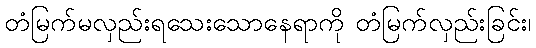
တံမြက်မလှည်းရသေးသောနေရာကို တံမြက်လှည်းခြင်း၊